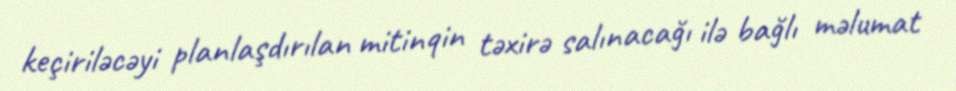
keçiriləcəyi planlaşdırılan mitinqin təxirə salınacağı ilə bağlı məlumat